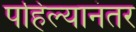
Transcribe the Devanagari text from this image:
पहिल्यानंतर